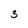
Character: 3